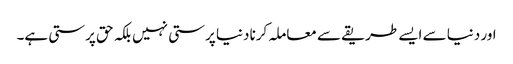
اور دنیا سے ایسے طریقے سے معاملہ کرنا دنیا پرستی نہیں بلکہ حق پرستی ہے۔